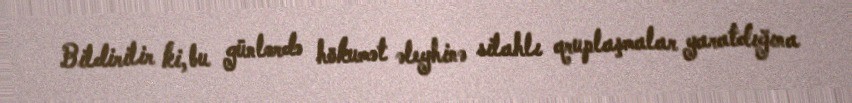
Bildirilir ki, bu günlərdə hökumət əleyhinə silahlı qruplaşmalar yaratdığına